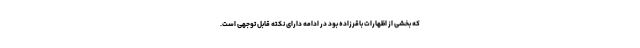
که بخشی از اظهارات باقرزاده بود در ادامه دارای نکته قابل توجهی است.